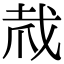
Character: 𢦼